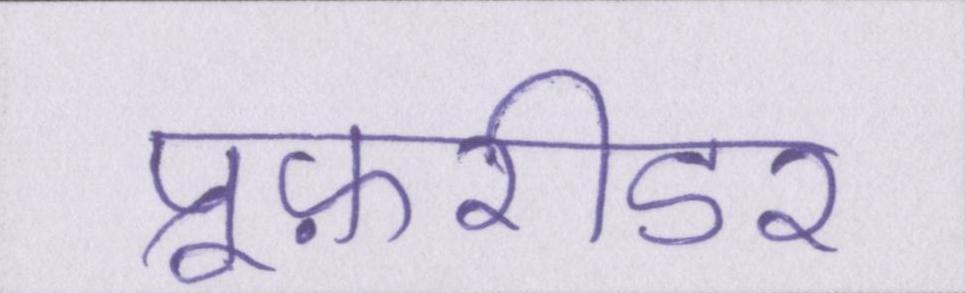
प्रूफ़रीडर